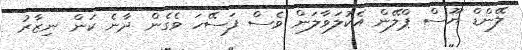
ލޭންޑް ޔޫސް ޕްލޭން އެކުލަވާލަން ވެސް ފަސޭހަ ވެގެން ދާނެ ކަން ނިޒާރު